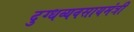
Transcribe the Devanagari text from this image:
दुग्धव्यवसायमंत्री